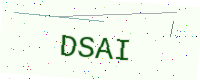
Text: DSAI